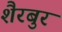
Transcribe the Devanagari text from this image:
शैरबुर